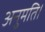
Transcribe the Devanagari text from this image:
अनुमति।